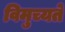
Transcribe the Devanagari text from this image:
विमुच्यते